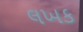
લખક